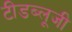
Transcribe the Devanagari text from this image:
टीडब्लूजी